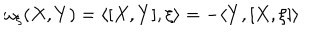
LaTeX: \omega _ { \xi } ( X , Y ) = \langle [ X , Y ] , \xi \rangle = - \langle Y , [ X , \xi ] \rangle